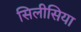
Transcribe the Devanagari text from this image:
सिलीसिया